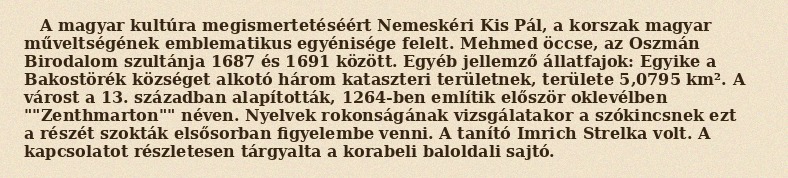
A magyar kultúra megismertetéséért Nemeskéri Kis Pál, a korszak magyar műveltségének emblematikus egyénisége felelt. Mehmed öccse, az Oszmán Birodalom szultánja 1687 és 1691 között. Egyéb jellemző állatfajok: Egyike a Bakostörék községet alkotó három kataszteri területnek, területe 5,0795 km². A várost a 13. században alapították, 1264-ben említik először oklevélben ""Zenthmarton"" néven. Nyelvek rokonságának vizsgálatakor a szókincsnek ezt a részét szokták elsősorban figyelembe venni. A tanító Imrich Strelka volt. A kapcsolatot részletesen tárgyalta a korabeli baloldali sajtó.